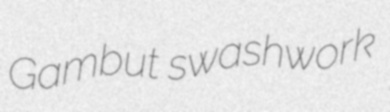
Gambut swashwork